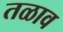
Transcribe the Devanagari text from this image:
तळाव